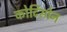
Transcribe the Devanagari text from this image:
कोर्टिसोन